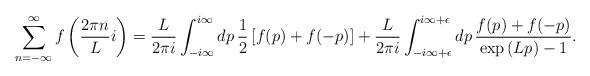
LaTeX: \begin{align*}\displaystyle \sum_{n=-\infty }^{\infty} f \left( \frac{2 \pi n }{L} i \right)=\frac{L}{2 \pi i} \int_{-i \infty }^{i \infty } dp\, \frac{1}{2} \left[f(p)+f(-p) \right] + \frac{L}{2 \pi i}\int_{-i \infty + \epsilon }^{i \infty+ \epsilon } dp \, \frac{f(p)+f(-p)}{\exp{(Lp)} -1}. \end{align*}